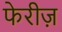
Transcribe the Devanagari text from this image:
फेरीज़